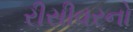
રીસીવરનો